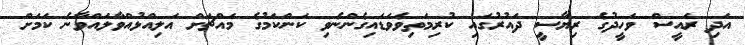
އަދި ރައީސް ވަހީދުގެ ރިޔާސީ ދައުރުގައި ކުރިމަތިވެވަޑައިގެންނެވި ކަންކަމުގެ މައްޗަށް އަލިއްޅުއްވާލައްވާނެ ކަމަށް